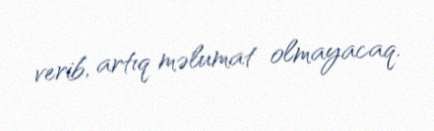
verib, artıq məlumat olmayacaq.